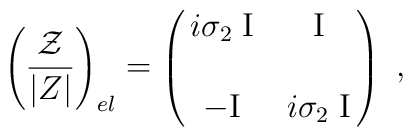
\left( {{\cal Z} \over |Z| }\right)_{el}  = \pmatrix{ i \sigma_2 \;  {\rm I}&   {\rm I}\cr\cr-   {\rm I}  &  i \sigma_2 \;  {\rm I}}  \ ,